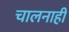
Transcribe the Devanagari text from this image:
चालनाही